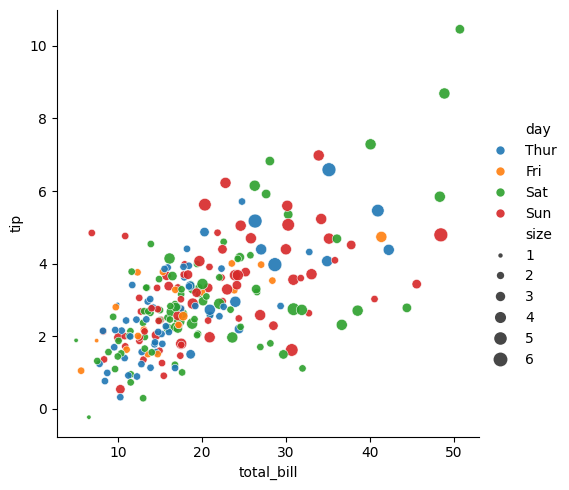
python, seaborn, relplot, alpha=0.9